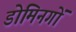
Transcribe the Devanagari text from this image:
डोमिनगों